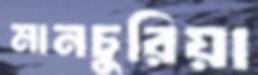
মানচুরিয়া